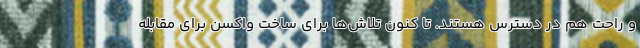
و راحت هم در دسترس هستند. تا کنون تلاش‌ها برای ساخت واکسن برای مقابله